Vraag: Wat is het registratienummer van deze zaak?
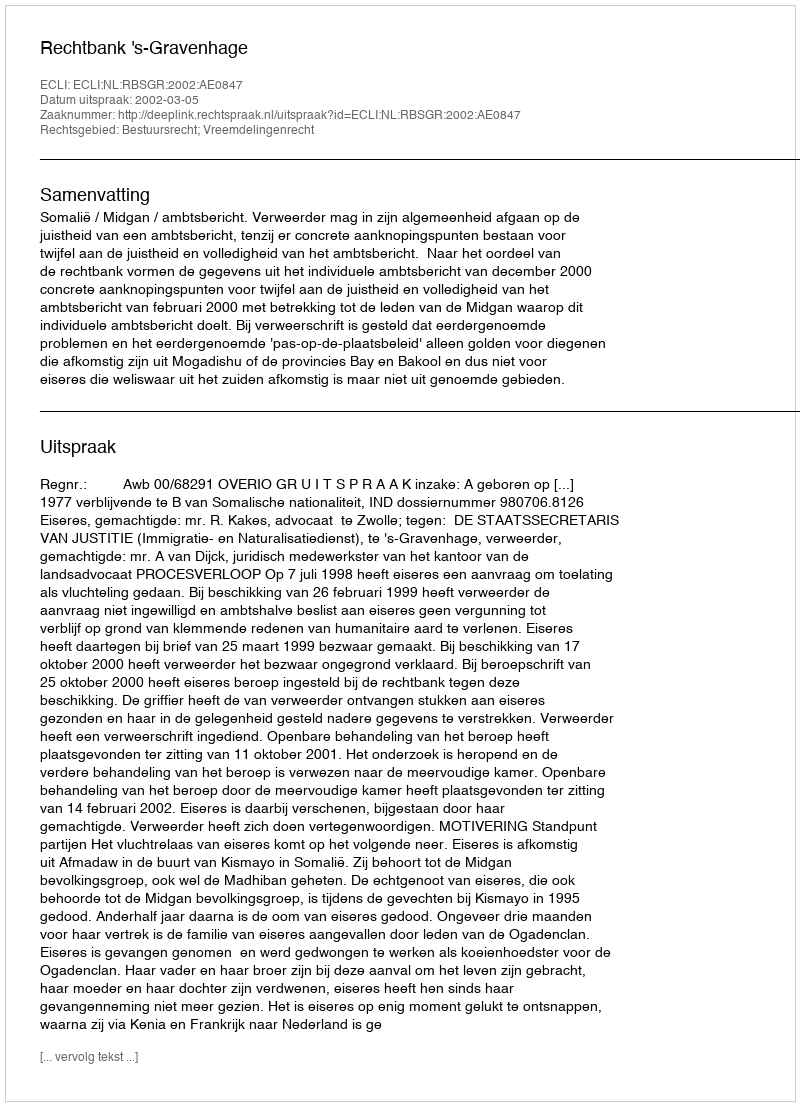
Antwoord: http://deeplink.rechtspraak.nl/uitspraak?id=ECLI:NL:RBSGR:2002:AE0847